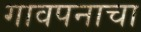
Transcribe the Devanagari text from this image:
गावपनाचा